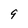
Character: 9